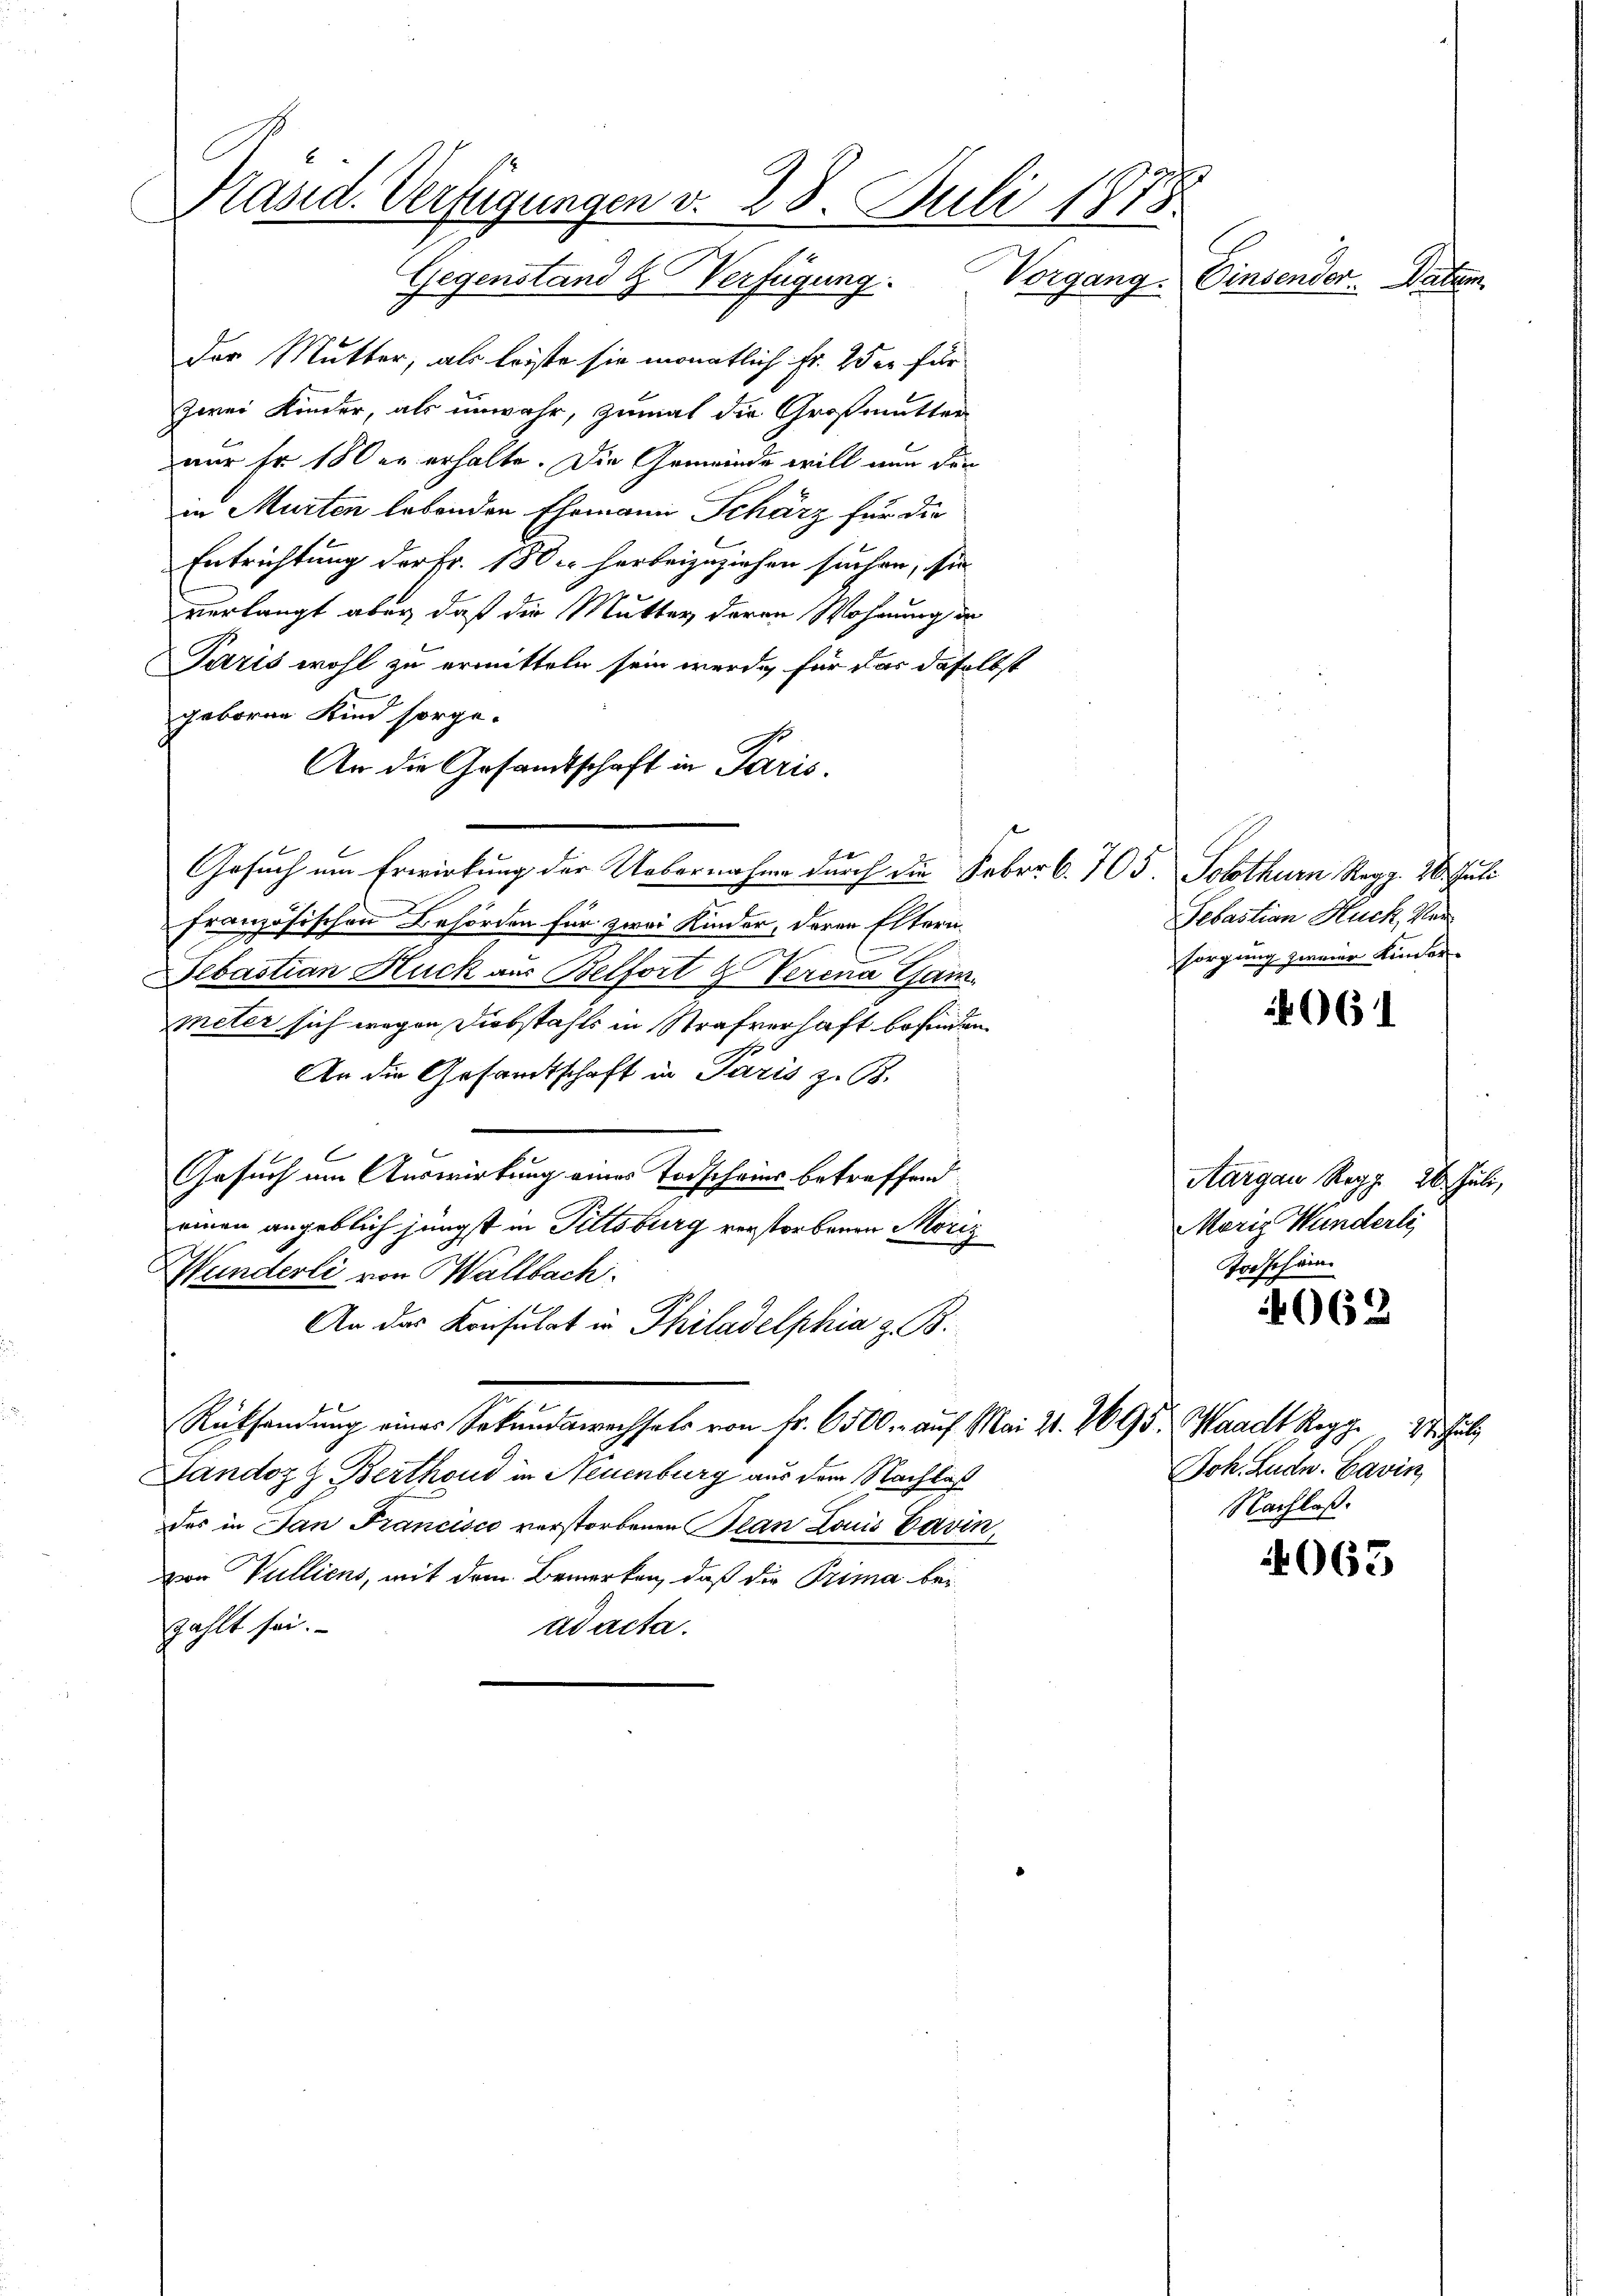
Präsid. Verfügungen v. 28. Juli 1878
Gegenstand & Verfügung. Vorgang.
Einsender. Datum

Der Mutter, als leiste sie monatlich fr. 25 er für
zwei Kinder, als unwahr, zumal die Großmutter
nur Fr. 180 er erhalte. Die Gemeinde will nun den
in Murten lebenden Ehemann Schärz für die
Entrichtung der Fr. 180 herbeizuziehen suchen, sie
verlangt aber, daß die Mutter deren Wohnung de
Paris wohl zu ermitteln sein werde, für das daselbst
geboren Kind sorge-
An die Gesandtschaft in Paris.
Erk
Gesuch um Erwirkung der Uebernahme durch die Feber 6. 703. Solothurn Regg. 20. Juli
französischen Behörden für zwei Kinder, deren Eltern
Sebastian Huck aus Belfort & Verena Gain.
Meter sich wegen Diebstahls in Strafverhaft befinden.
An die Gesandtschaft in Paris z. B.
Gesuch am Auswirkung eines Todscheins betreffend
einen angeblich jüngst in Pittsburg verstorbenen Moriz
Wunderli von Kaltbach.
An das Konsulat in Philadelphia z. B.
Rücksendung eines Sekundswechsels von Fr. 6500. auf Mai 21. 2695. Waadt Rogg 27. Juli
Dandoz z Berthoud in Neuenburg aus dem Nachlaß
des in San Francisco verstorbenen an Louis Davin,
von Vulliens, mit dem Bemerken, daß die Prima bei
zählt sei.
ad acta.

Sebastian Huck, Versorgung zweier Kinder

4061

Aargau Reg. 26. Juli,
Moriz Wunderli
Todschäm

062

Joh. Ludw. Savin
Nachlaß.

4063